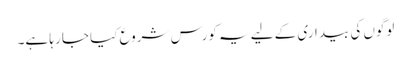
لوگوں کی بیداری کے لیے یہ کورس شروع کیا جا رہا ہے۔